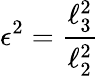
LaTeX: \epsilon^{2}=\frac{\ell_{3}^{2}}{\ell_{2}^{2}}